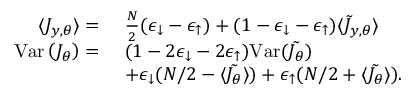
\begin{array} { r l } { \langle J _ { y , \theta } \rangle = ~ } & { \frac { N } { 2 } ( \epsilon _ { \downarrow } - \epsilon _ { \uparrow } ) + ( 1 - \epsilon _ { \downarrow } - \epsilon _ { \uparrow } ) \langle \tilde { J } _ { y , \theta } \rangle } \\ { \mathrm { V a r } \left( J _ { \theta } \right) = ~ } & { ( 1 - 2 \epsilon _ { \downarrow } - 2 \epsilon _ { \uparrow } ) \mathrm { V a r } ( \tilde { J _ { \theta } } ) } \\ & { + \epsilon _ { \downarrow } ( N / 2 - \langle \tilde { J _ { \theta } } \rangle ) + \epsilon _ { \uparrow } ( N / 2 + \langle \tilde { J _ { \theta } } \rangle ) . } \end{array}